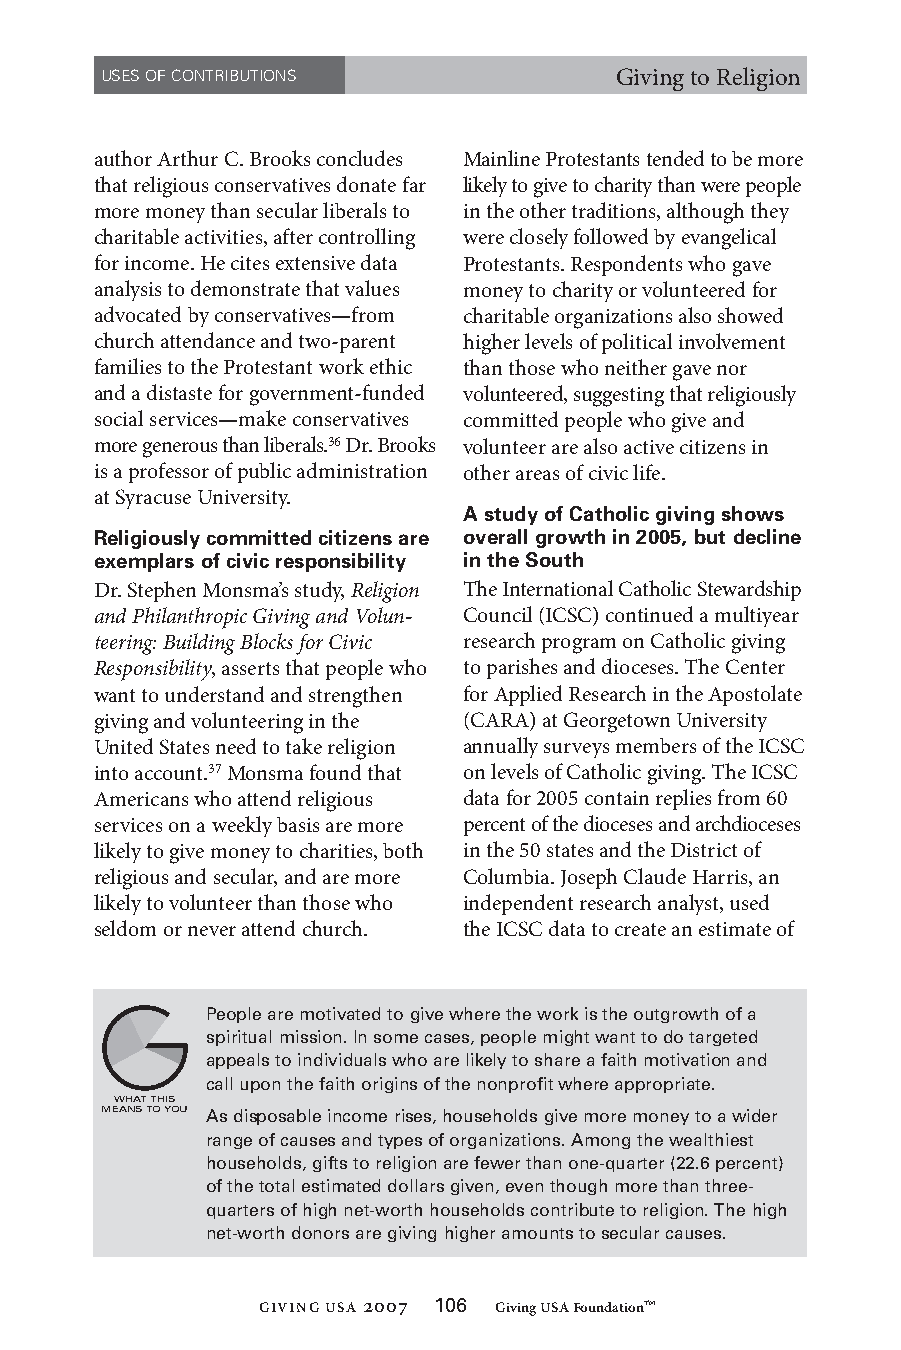
USES OF CONTRIBUTIONS             Giving to Religion
 author Arthur C. Brooks concludes Mainline Protestants tended to be more
 that religious conservatives donate far likely to give to charity than were people
 more money than secular liberals to in the other traditions, although they
 charitable activities, after controlling were closely followed by evangelical
 for income. He cites extensive data Protestants. Respondents who gave
 analysis to demonstrate that values money to charity or volunteered for
 advocated by conservatives—from charitable organizations also showed
 church attendance and two-parent higher levels of political involvement
 families to the Protestant work ethic than those who neither gave nor
 and a distaste for government-funded volunteered, suggesting that religiously
 social services—make conservatives committed people who give and
 more generous than liberals.36 Dr. Brooks volunteer are also active citizens in
 is a professor of public administration other areas of civic life.
 at Syracuse University.
 A study of Catholic giving shows
 Religiously committed citizens are overall growth in 2005, but decline
 exemplars of civic responsibility in the South
 Dr. Stephen Monsma’s study, Religion The International Catholic Stewardship
 and Philanthropic Giving and Volun- Council (ICSC) continued a multiyear
 teering: Building Blocks for Civic research program on Catholic giving
 Responsibility, asserts that people who to parishes and dioceses. The Center
 want to understand and strengthen for Applied Research in the Apostolate
 giving and volunteering in the (CARA) at Georgetown University
 United States need to take religion annually surveys members of the ICSC
 into account.37 Monsma found that on levels of Catholic giving. The ICSC
 Americans who attend religious data for 2005 contain replies from 60
 services on a weekly basis are more percent of the dioceses and archdioceses
 likely to give money to charities, both in the 50 states and the District of
 religious and secular, and are more Columbia. Joseph Claude Harris, an
 likely to volunteer than those who independent research analyst, used
 seldom or never attend church. the ICSC data to create an estimate of
 People are motvated to gve where the work s the outgrowth of a
 sprtual msson. In some cases, people mght want to do targeted
 appeals to ndvduals who are lkely to share a fath motvaton and
 call upon the fath orgns of the nonproft where approprate.
 WHAT THIS
 MEANS TO YOU As dsposable ncome rses, households gve more money to a wder
 range of causes and types of organzatons. Among the wealthest
 households, gfts to relgon are fewer than one-quarter (22.6 percent)
 of the total estmated dollars gven, even though more than three-
 quarters of hgh net-worth households contrbute to relgon. The hgh
 net-worth donors are gvng hgher amounts to secular causes.
 GIVING USA 2007 1 0 6 Giving USA Foundation™